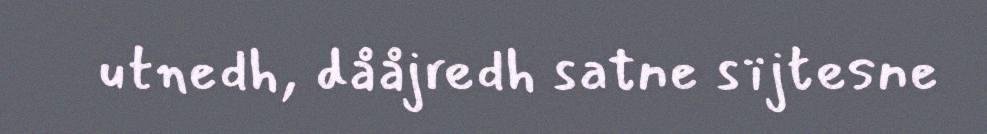
utnedh, dååjredh satne sïjtesne